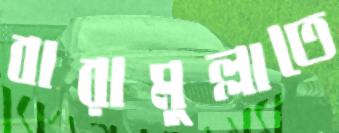
বারামুল্লাতে